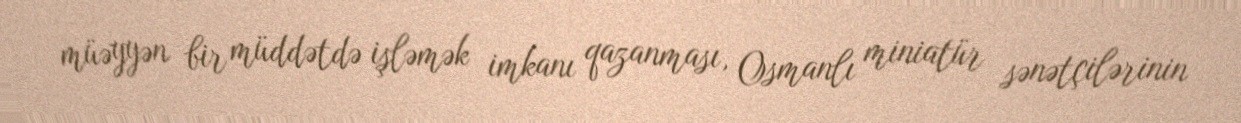
müəyyən bir müddətdə işləmək imkanı qazanması, Osmanlı miniatür sənətçilərinin